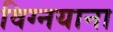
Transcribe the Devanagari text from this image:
विग्नयाना